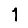
Digit: 1